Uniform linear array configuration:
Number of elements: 12
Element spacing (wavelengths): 1
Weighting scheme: binomial
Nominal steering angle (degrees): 60
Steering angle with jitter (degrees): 61.392
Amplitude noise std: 0.05
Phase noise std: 0.05

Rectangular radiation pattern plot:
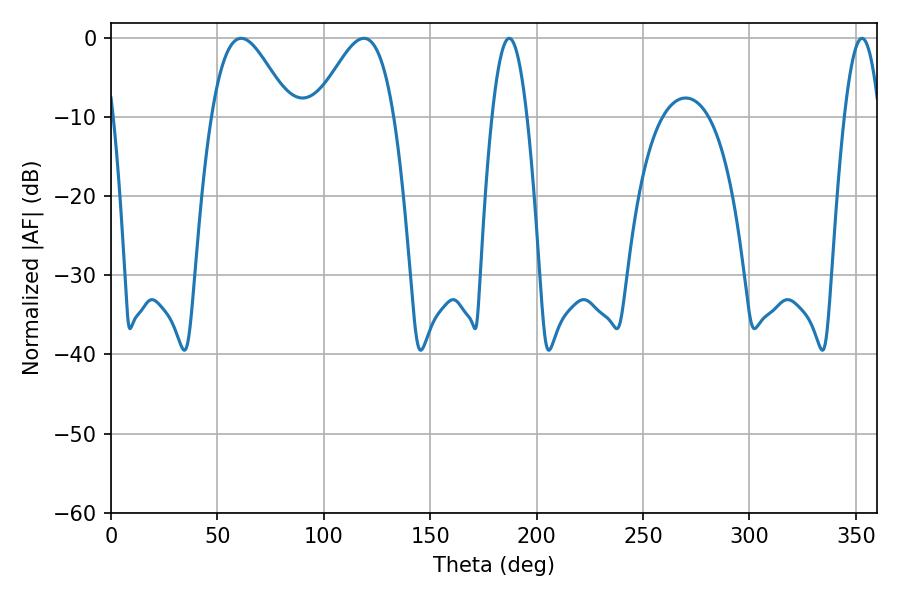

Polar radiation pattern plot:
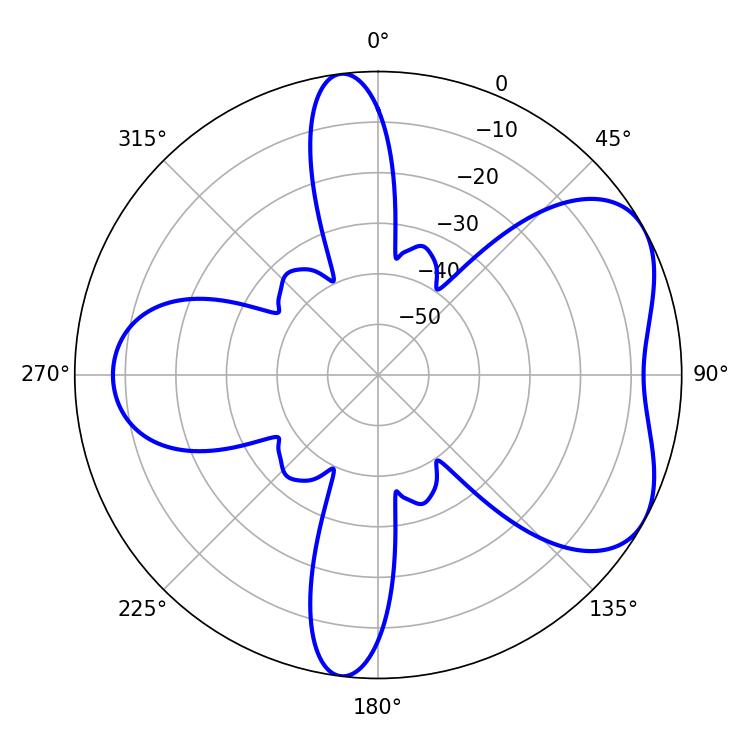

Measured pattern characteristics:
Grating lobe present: TRUE
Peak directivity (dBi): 5.35
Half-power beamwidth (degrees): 19.8
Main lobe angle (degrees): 61.2